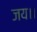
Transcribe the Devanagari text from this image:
जय।।